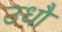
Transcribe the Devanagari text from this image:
उधौ